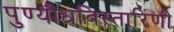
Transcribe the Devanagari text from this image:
पुण्यौधविस्तारिणी